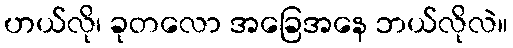
ဟယ်လို၊ ခုတလော အခြေအနေ ဘယ်လိုလဲ။